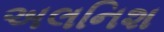
અલનિશ